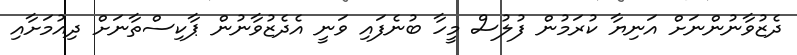
ދެޒުވާނުންނަށް އަނިޔާ ކުރަމުން ފުލުސް މީހާ ބުނެފައި ވަނީ އެދެޒުވާނުން ޕާކިސްތާނަށް ދިއުމަށާއި